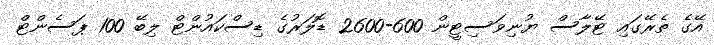
އޭގެ ތެރޭގައި ޓޭލާސް ޔުނިވަސިޓީން 600-2600 ޑޮލަރުގެ ޑިސްކައުންޓް ލިބޭ 100 ޕަސެންޓް